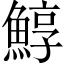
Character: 鯙